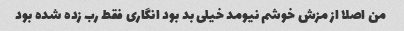
من اصلا از مزش خوشم نیومد خیلی بد بود انگاری فقط رب زده شده بود